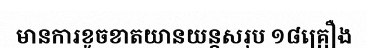
មានការខូចខាតយានយន្តសរុប ១៨គ្រឿង